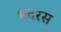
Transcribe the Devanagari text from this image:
भदरस